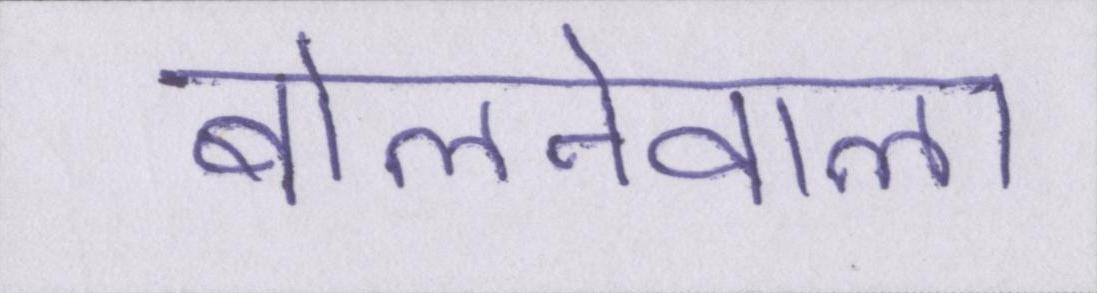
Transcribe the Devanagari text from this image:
बोलनेवाला